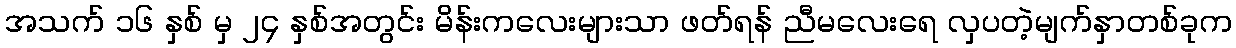
အသက် ၁၆ နှစ် မှ ၂၄ နှစ်အတွင်း မိန်းကလေးများသာ ဖတ်ရန် ညီမလေးရေ လှပတဲ့မျက်နှာတစ်ခုက